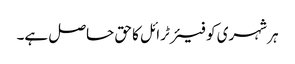
ہر شہری کو فیئر ٹرائل کا حق حاصل ہے۔